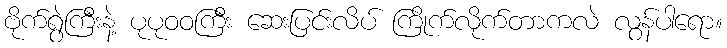
ဗိုက်ရွဲကြီးနဲ့ ပုပုဝဝကြီး ဆေးပြင်းလိပ် ကြိုက်လိုက်တာကလဲ လွန်ပါရော။